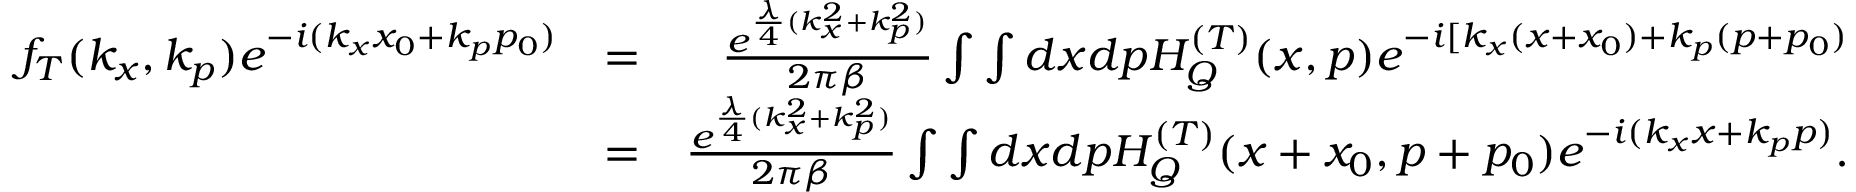
\begin{array} { r l r } { f _ { T } ( k _ { x } , k _ { p } ) e ^ { - i ( k _ { x } x _ { 0 } + k _ { p } p _ { 0 } ) } } & { = } & { \frac { e ^ { \frac { \lambda } { 4 } ( k _ { x } ^ { 2 } + k _ { p } ^ { 2 } ) } } { 2 \pi \beta } \int \int d x d p H _ { Q } ^ { ( T ) } ( x , p ) e ^ { - i [ k _ { x } ( x + x _ { 0 } ) + k _ { p } ( p + p _ { 0 } ) } } \\ & { = } & { \frac { e ^ { \frac { \lambda } { 4 } ( k _ { x } ^ { 2 } + k _ { p } ^ { 2 } ) } } { 2 \pi \beta } \int \int d x d p H _ { Q } ^ { ( T ) } ( x + x _ { 0 } , p + p _ { 0 } ) e ^ { - i ( k _ { x } x + k _ { p } p ) } . } \end{array}